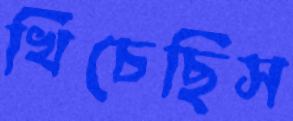
খিঁচেছিস